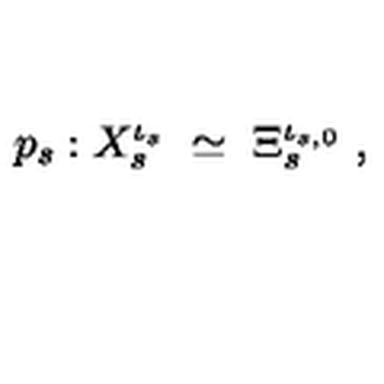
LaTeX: p _ { s } : X _ { s } ^ { \iota _ { s } } \ \simeq \ \Xi _ { s } ^ { \iota _ { s , 0 } } \ ,